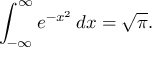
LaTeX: \int _ { - \infty } ^ { \infty } e ^ { - x ^ { 2 } } \, d x = { \sqrt { \pi } } .